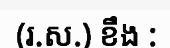
(រ.ស.) ខឹង :